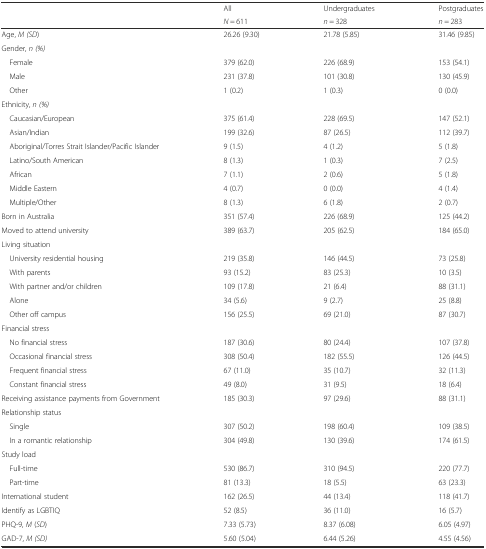
<table><thead><tr><td></td><td><b>All</b></td><td><b>Undergraduates</b></td><td><b>Postgraduates</b></td></tr><tr><td></td><td><b><i>N</i> = 611</b></td><td><b><i>n</i> = 328</b></td><td><b><i>n</i> = 283</b></td></tr></thead><tbody><tr><td>Age, <i>M (SD</i>)</td><td>26.26 (9.30)</td><td>21.78 (5.85)</td><td>31.46 (9.85)</td></tr><tr><td>Gender, <i>n (%)</i></td><td></td><td></td><td></td></tr><tr><td> Female</td><td>379 (62.0)</td><td>226 (68.9)</td><td>153 (54.1)</td></tr><tr><td> Male</td><td>231 (37.8)</td><td>101 (30.8)</td><td>130 (45.9)</td></tr><tr><td> Other</td><td>1 (0.2)</td><td>1 (0.3)</td><td>0 (0.0)</td></tr><tr><td>Ethnicity, <i>n (%)</i></td><td></td><td></td><td></td></tr><tr><td> Caucasian/European</td><td>375 (61.4)</td><td>228 (69.5)</td><td>147 (52.1)</td></tr><tr><td> Asian/Indian</td><td>199 (32.6)</td><td>87 (26.5)</td><td>112 (39.7)</td></tr><tr><td> Aboriginal/Torres Strait Islander/Pacific Islander</td><td>9 (1.5)</td><td>4 (1.2)</td><td>5 (1.8)</td></tr><tr><td> Latino/South American</td><td>8 (1.3)</td><td>1 (0.3)</td><td>7 (2.5)</td></tr><tr><td> African</td><td>7 (1.1)</td><td>2 (0.6)</td><td>5 (1.8)</td></tr><tr><td> Middle Eastern</td><td>4 (0.7)</td><td>0 (0.0)</td><td>4 (1.4)</td></tr><tr><td> Multiple/Other</td><td>8 (1.3)</td><td>6 (1.8)</td><td>2 (0.7)</td></tr><tr><td>Born in Australia</td><td>351 (57.4)</td><td>226 (68.9)</td><td>125 (44.2)</td></tr><tr><td>Moved to attend university</td><td>389 (63.7)</td><td>205 (62.5)</td><td>184 (65.0)</td></tr><tr><td>Living situation</td><td></td><td></td><td></td></tr><tr><td> University residential housing</td><td>219 (35.8)</td><td>146 (44.5)</td><td>73 (25.8)</td></tr><tr><td> With parents</td><td>93 (15.2)</td><td>83 (25.3)</td><td>10 (3.5)</td></tr><tr><td> With partner and/or children</td><td>109 (17.8)</td><td>21 (6.4)</td><td>88 (31.1)</td></tr><tr><td> Alone</td><td>34 (5.6)</td><td>9 (2.7)</td><td>25 (8.8)</td></tr><tr><td> Other off campus</td><td>156 (25.5)</td><td>69 (21.0)</td><td>87 (30.7)</td></tr><tr><td>Financial stress</td><td></td><td></td><td></td></tr><tr><td> No financial stress</td><td>187 (30.6)</td><td>80 (24.4)</td><td>107 (37.8)</td></tr><tr><td> Occasional financial stress</td><td>308 (50.4)</td><td>182 (55.5)</td><td>126 (44.5)</td></tr><tr><td> Frequent financial stress</td><td>67 (11.0)</td><td>35 (10.7)</td><td>32 (11.3)</td></tr><tr><td> Constant financial stress</td><td>49 (8.0)</td><td>31 (9.5)</td><td>18 (6.4)</td></tr><tr><td>Receiving assistance payments from Government</td><td>185 (30.3)</td><td>97 (29.6)</td><td>88 (31.1)</td></tr><tr><td>Relationship status</td><td></td><td></td><td></td></tr><tr><td> Single</td><td>307 (50.2)</td><td>198 (60.4)</td><td>109 (38.5)</td></tr><tr><td> In a romantic relationship</td><td>304 (49.8)</td><td>130 (39.6)</td><td>174 (61.5)</td></tr><tr><td>Study load</td><td></td><td></td><td></td></tr><tr><td> Full-time</td><td>530 (86.7)</td><td>310 (94.5)</td><td>220 (77.7)</td></tr><tr><td> Part-time</td><td>81 (13.3)</td><td>18 (5.5)</td><td>63 (23.3)</td></tr><tr><td>International student</td><td>162 (26.5)</td><td>44 (13.4)</td><td>118 (41.7)</td></tr><tr><td>Identify as LGBTIQ</td><td>52 (8.5)</td><td>36 (11.0)</td><td>16 (5.7)</td></tr><tr><td>PHQ-9, <i>M</i> (<i>SD</i>)</td><td>7.33 (5.73)</td><td>8.37 (6.08)</td><td>6.05 (4.97)</td></tr><tr><td>GAD-7, <i>M (SD)</i></td><td>5.60 (5.04)</td><td>6.44 (5.26)</td><td>4.55 (4.56)</td></tr></tbody></table>